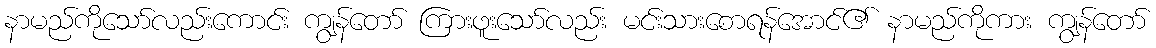
နာမည်ကိုသော်လည်းကောင်း ကျွန်တော် ကြားဖူးသော်လည်း မင်းသားစောရန်အောင်၏ နာမည်ကိုကား ကျွန်တော်